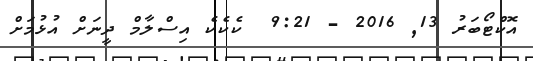
އޮކްޓޯބަރު 13